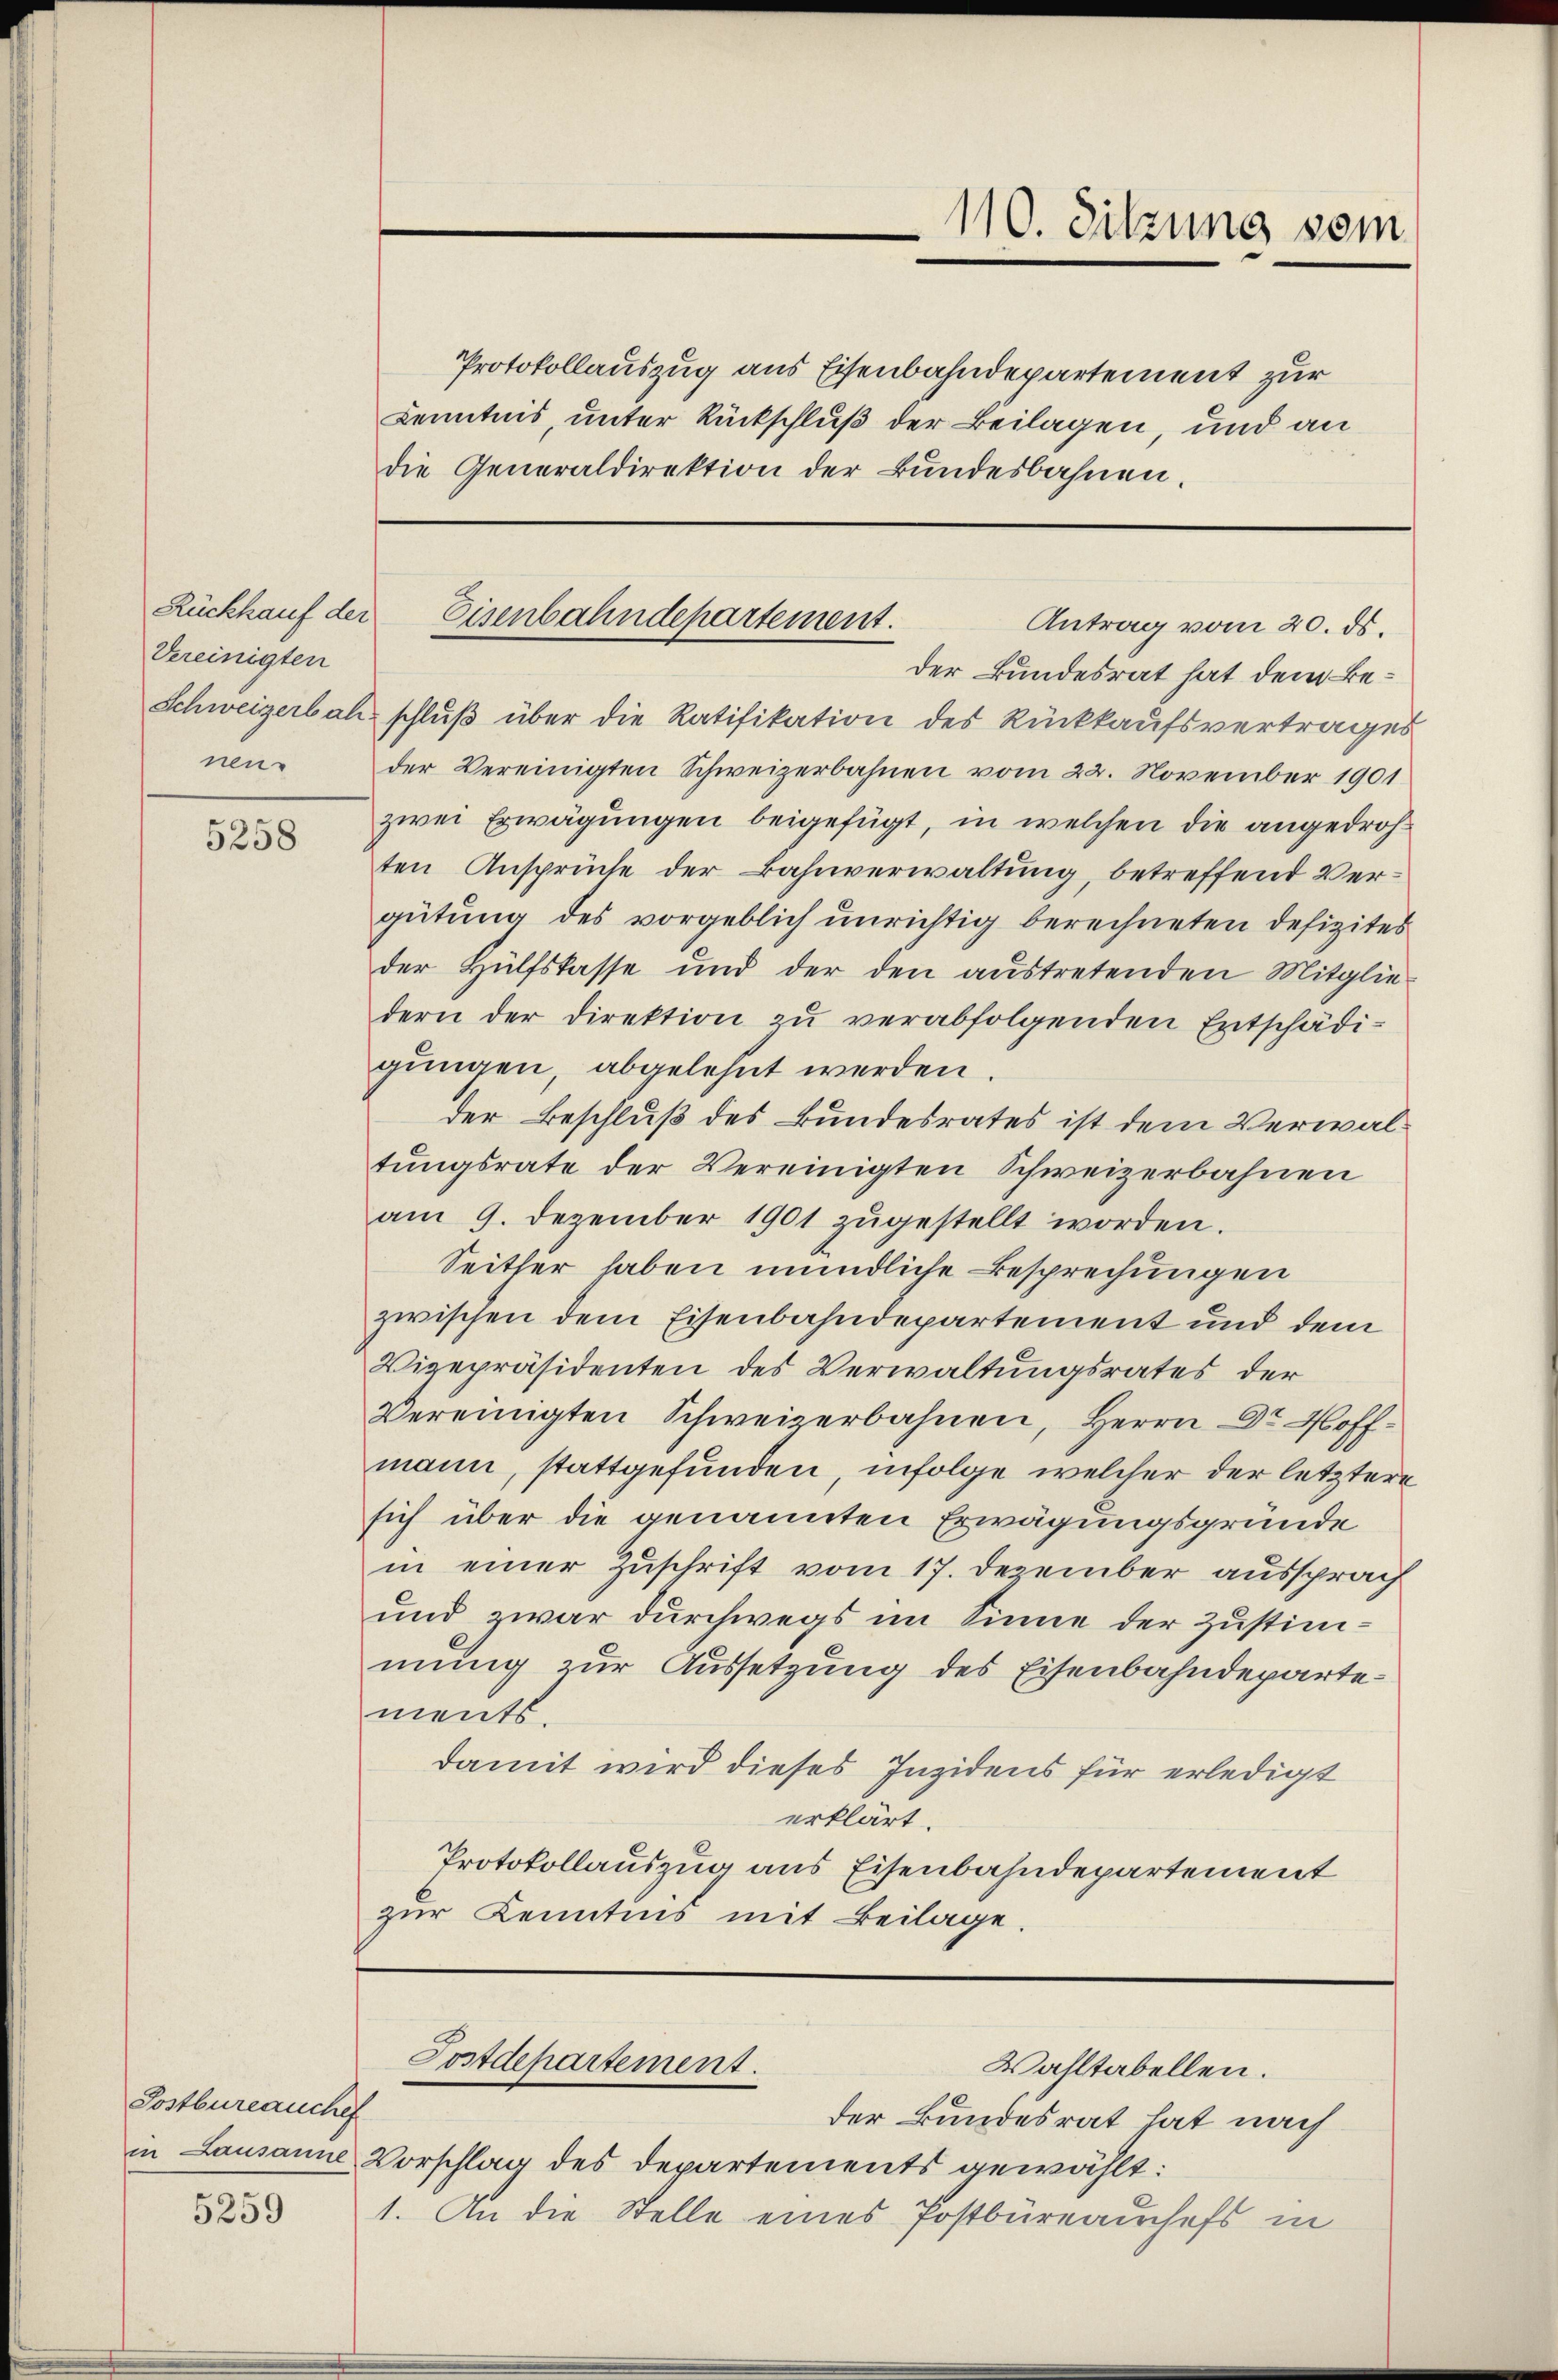
Rückkauf der
Vereinigten
nen¬

5258

Postbureauchef
in Lausanne

5259

Protokollauszug aus Eisenbahndepartement zur
Kenntnis, unter Rückschluß der Beilagen, und an
die Generaldirektion der Bundesbahnen.

110. Sitzung sein

Eisenbahndepartement.
Antrag vom 20. ds.

Postdepartement.
Wahltabellen.

der Bundesrat hat dem Be¬
Schweizerbach schlŭβ über die Ratifikation des Rückkaufsvertrages
der Vereinigten Schweizerbahnen vom 22. November 1901
zwei Erwägungen beigefügt, in welchen die angedrohten Ansprüche der Bahnverwaltung, betreffend Vergütung des vorgeblich unrichtig berechneten Defizites
der Hülfskasse und der den austretenden Mitgliedern der Direktion zu verabfolgenden Entschädigungen, abgelehnt werden.
der Beschluß des Bundesrates ist dem Verwaltungsrate der Vereinigten Schweizerbahnen
am 9. Dezember 1901 zŭgestellt worden.
Seither haben mündliche Besprechungen
zwischen dem Eisenbahndepartement und dem
Vizepräsidenten des Verwaltungsrates der
Vereinigten Schweizerbahnen, Herrn Dr. Hoffmann, stattgefunden, infolge welcher der letztere
sich über die genannten Erwägungsgründe
in einer Zuschrift vom 17. Dezember aussprach
und zwar durchwegs im Sinne der Zustimmung zur Aussetzung des Eisenbahndepartements.
damit wird dieses Inzidens für erledigt
erklärt.
Protokollauszug aus Eisenbahndepartement
zur Kenntnis mit Beilage.

der Bundesrat hat nach
Vorschlag des Departements gewählt:
1. An die Stelle eines Postbüreauschefs in